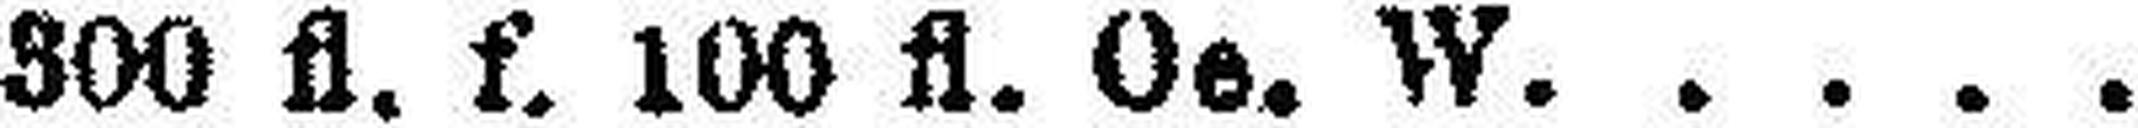
300 fl. f. 100 fl. Oe. W.